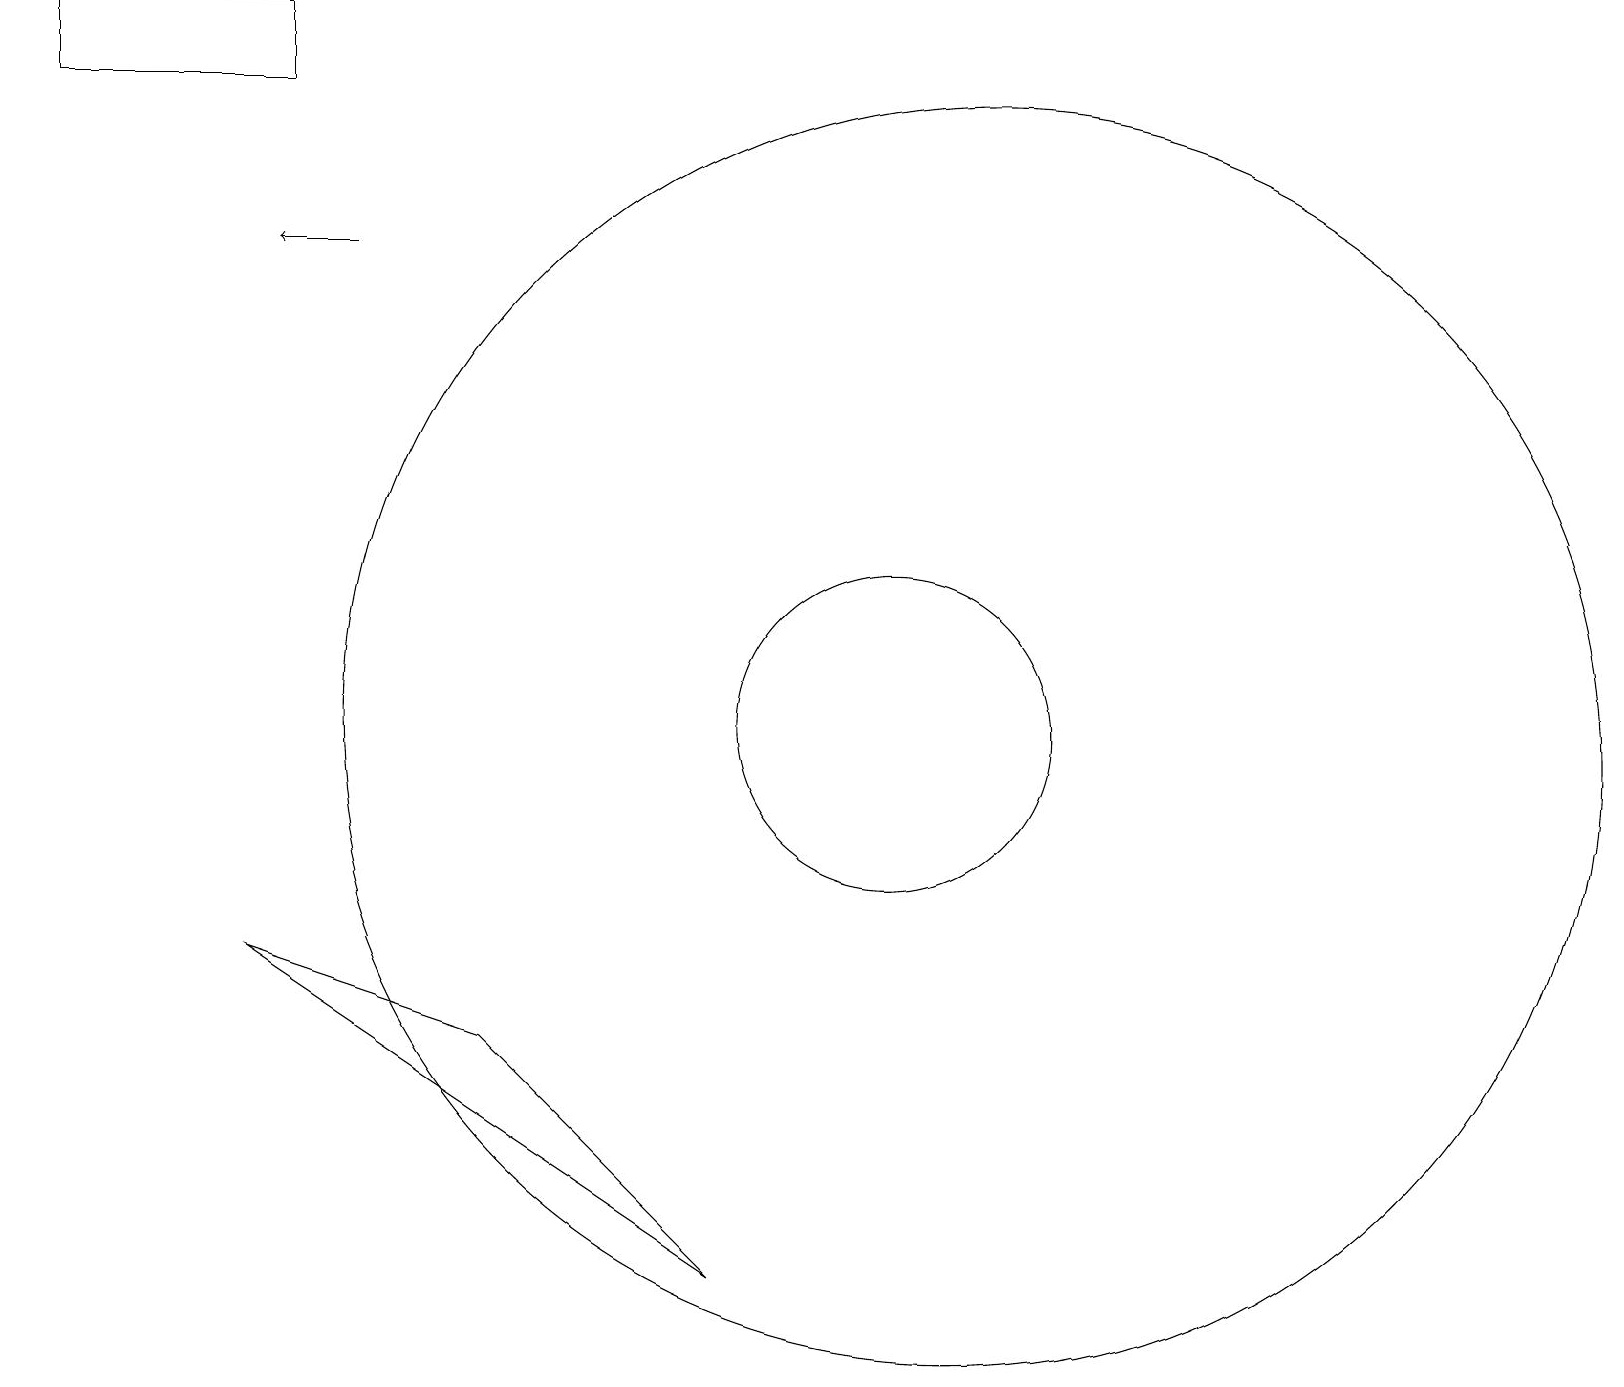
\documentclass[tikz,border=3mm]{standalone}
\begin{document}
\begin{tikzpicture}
\draw[->] (4,16) -- (3,16);
\draw (11,10) circle (2);
\draw (12,10) circle (8);
\draw (0,18) rectangle (3,19);
\draw (3,7) -- (9,3) -- (6,6) -- cycle;
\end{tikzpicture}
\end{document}